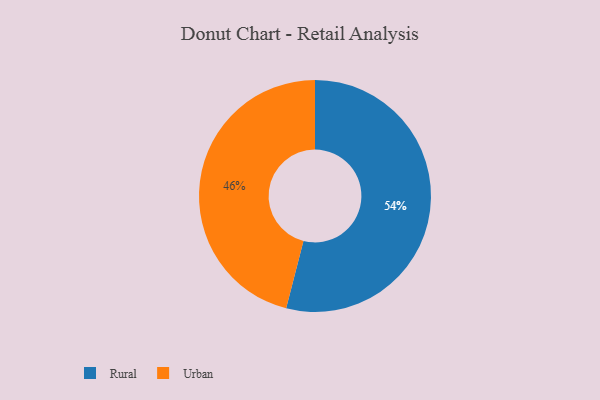
{"axis": {"x": "Category", "y": "Percentage"}, "legend": ["Rural", "Urban"], "data": [{"x": "Urban", "y": 46, "type": "Urban"}, {"x": "Rural", "y": 54, "type": "Rural"}]}